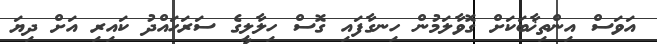
އަވަސް އިންތިޚާބަކަށް ގޮވާލަމުން ހިނގާފައި ގޮސް ހިލާލީގެ ސަރަހައްދު ކައިރި އަށް ދިޔަ